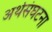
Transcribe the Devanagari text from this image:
अर्थसंघटना